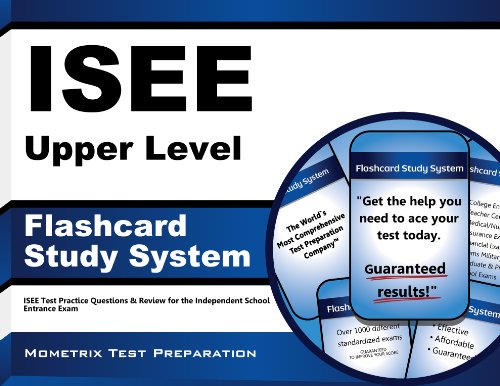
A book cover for ISEE Upper Level Flashcard Study System: ISEE Test Practice Questions & Review for the Independent School Entrance Exam; ISEE Exam Secrets Test Prep Team; Test Preparation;